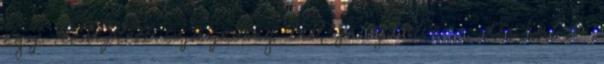
egy komplett szüzesség lett felajánlva - de hát a